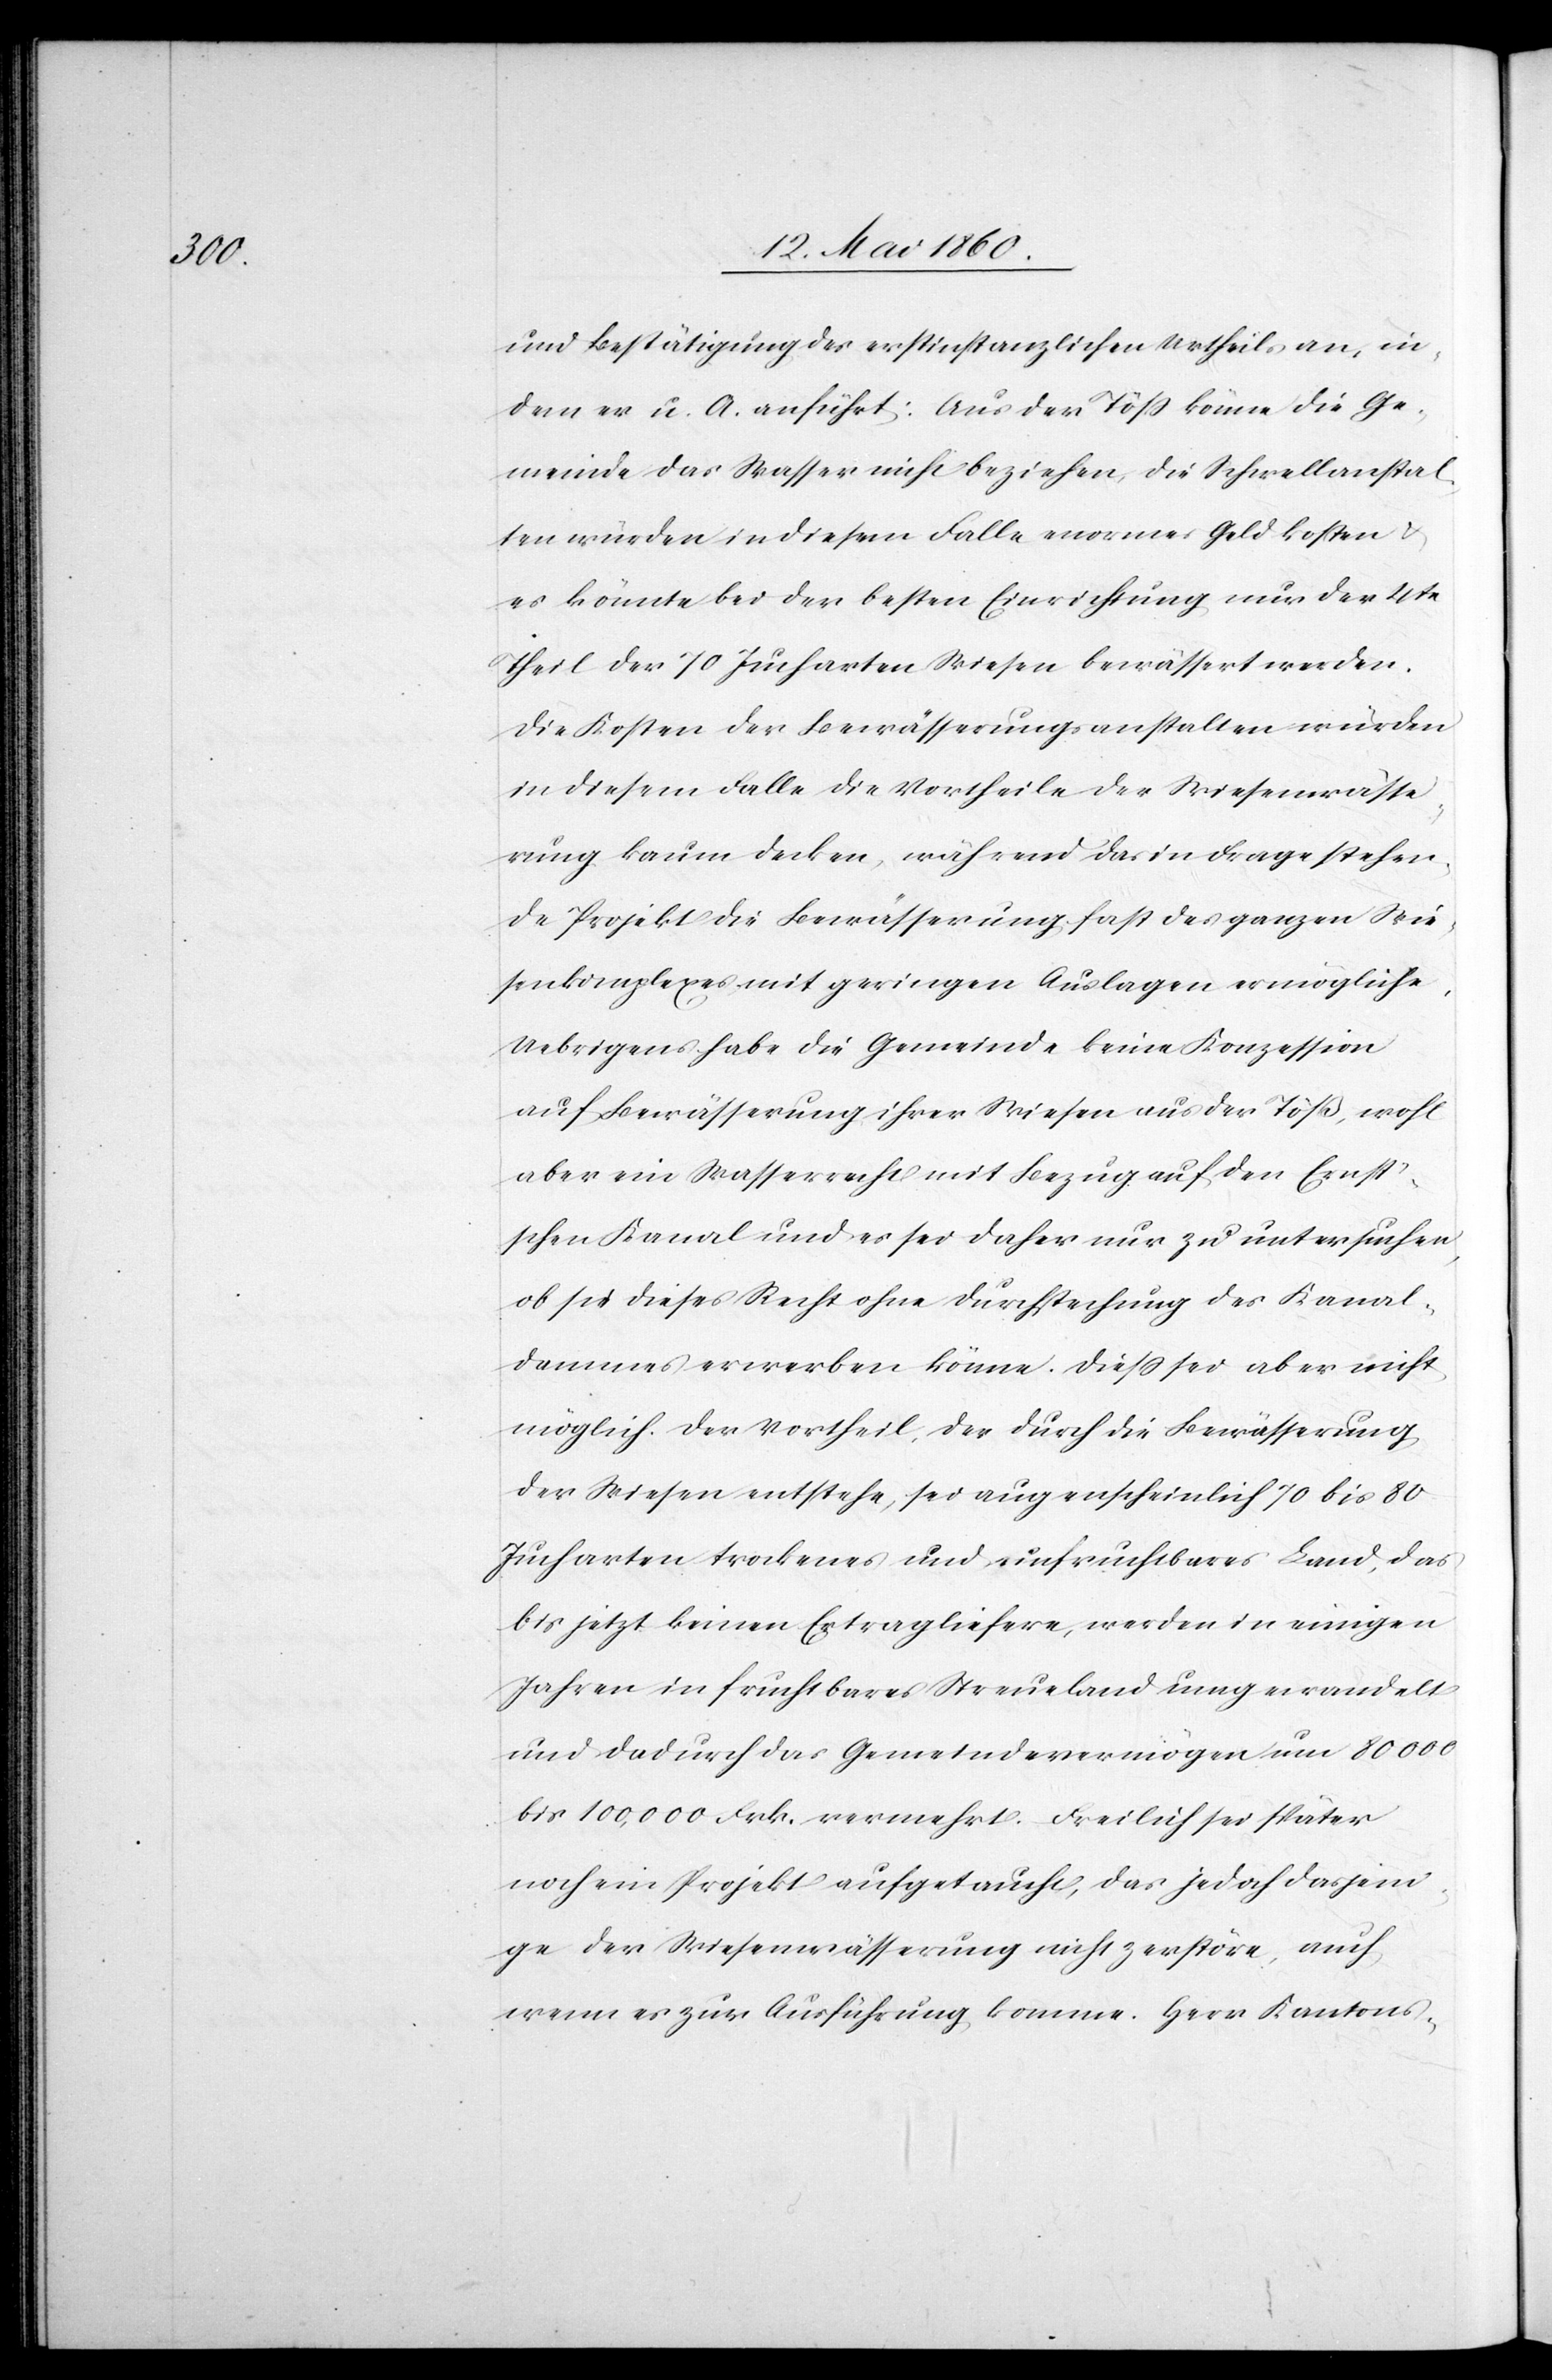
und Bestätigung des erstinstanzlichen Urtheils an, in¬
dem er u. A. anführt: Aus der Töss könne die Ge¬
meinde das Wasser nicht beziehen, die Schwellanstal¬
ten würden in diesem Falle enormes Geld kosten u.
es könnte bei der besten Einrichtung nur der 4te
Theil der 70 Jucharten Wiesen bewässert werden.
Die Kosten der Bewässerungsanstalten würden
in diesem Falle die Vortheile der Wiesenwässe¬
rung kaum decken, während das in Frage stehen¬
de Projekt die Bewässerung fast des ganzen Wie¬
senkomplexes mit geringen Auslagen ermögliche.
Uebrigens habe die Gemeinde keine Konzession
auf Bewässerung ihrer Wiesen aus der Töß, wohl
aber ein Wasserrecht mit Bezug auf den Erns¬
t’schen Kanal und es sei daher nur zu untersuchen,
ob sie dieses Recht ohne Durchstechung des Kanal¬
dammes erwerben könne. Diess sei aber nicht
möglich. Der Vortheil der durch die Bewässerung
der Wiesen entstehe, sei augenscheinlich 70 bis 80
Jucharten trockenes und unfruchtbares Land, das
bis jetzt keinen Ertrag liefere, werden in einigen
Jahren in fruchtbares Streueland umgewandelt
und dadurch das Gemeindevermögen um 80 000
bis 100,000 Frk. vermehrt. Freilich sei später
noch ein Projekt aufgetaucht, das jedoch dasjeni¬
ge der Wiesenwässerung nicht zerstöre, auch
wenn es zur Ausführung komme. Herr Kantons-